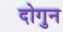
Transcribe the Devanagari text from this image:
दोगुन